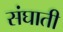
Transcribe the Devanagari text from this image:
संघाती